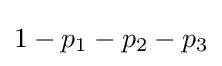
1-p_{1}-p_{2}-p_{3}